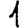
Digit: 1